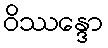
ဝိဿန္ဒော